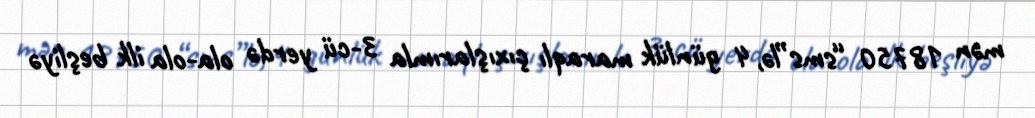
mən 18750 “sms”lə, 4 günlük maraqlı çıxışlarımla 3-cü yerdə ola-ola ilk beşliyə